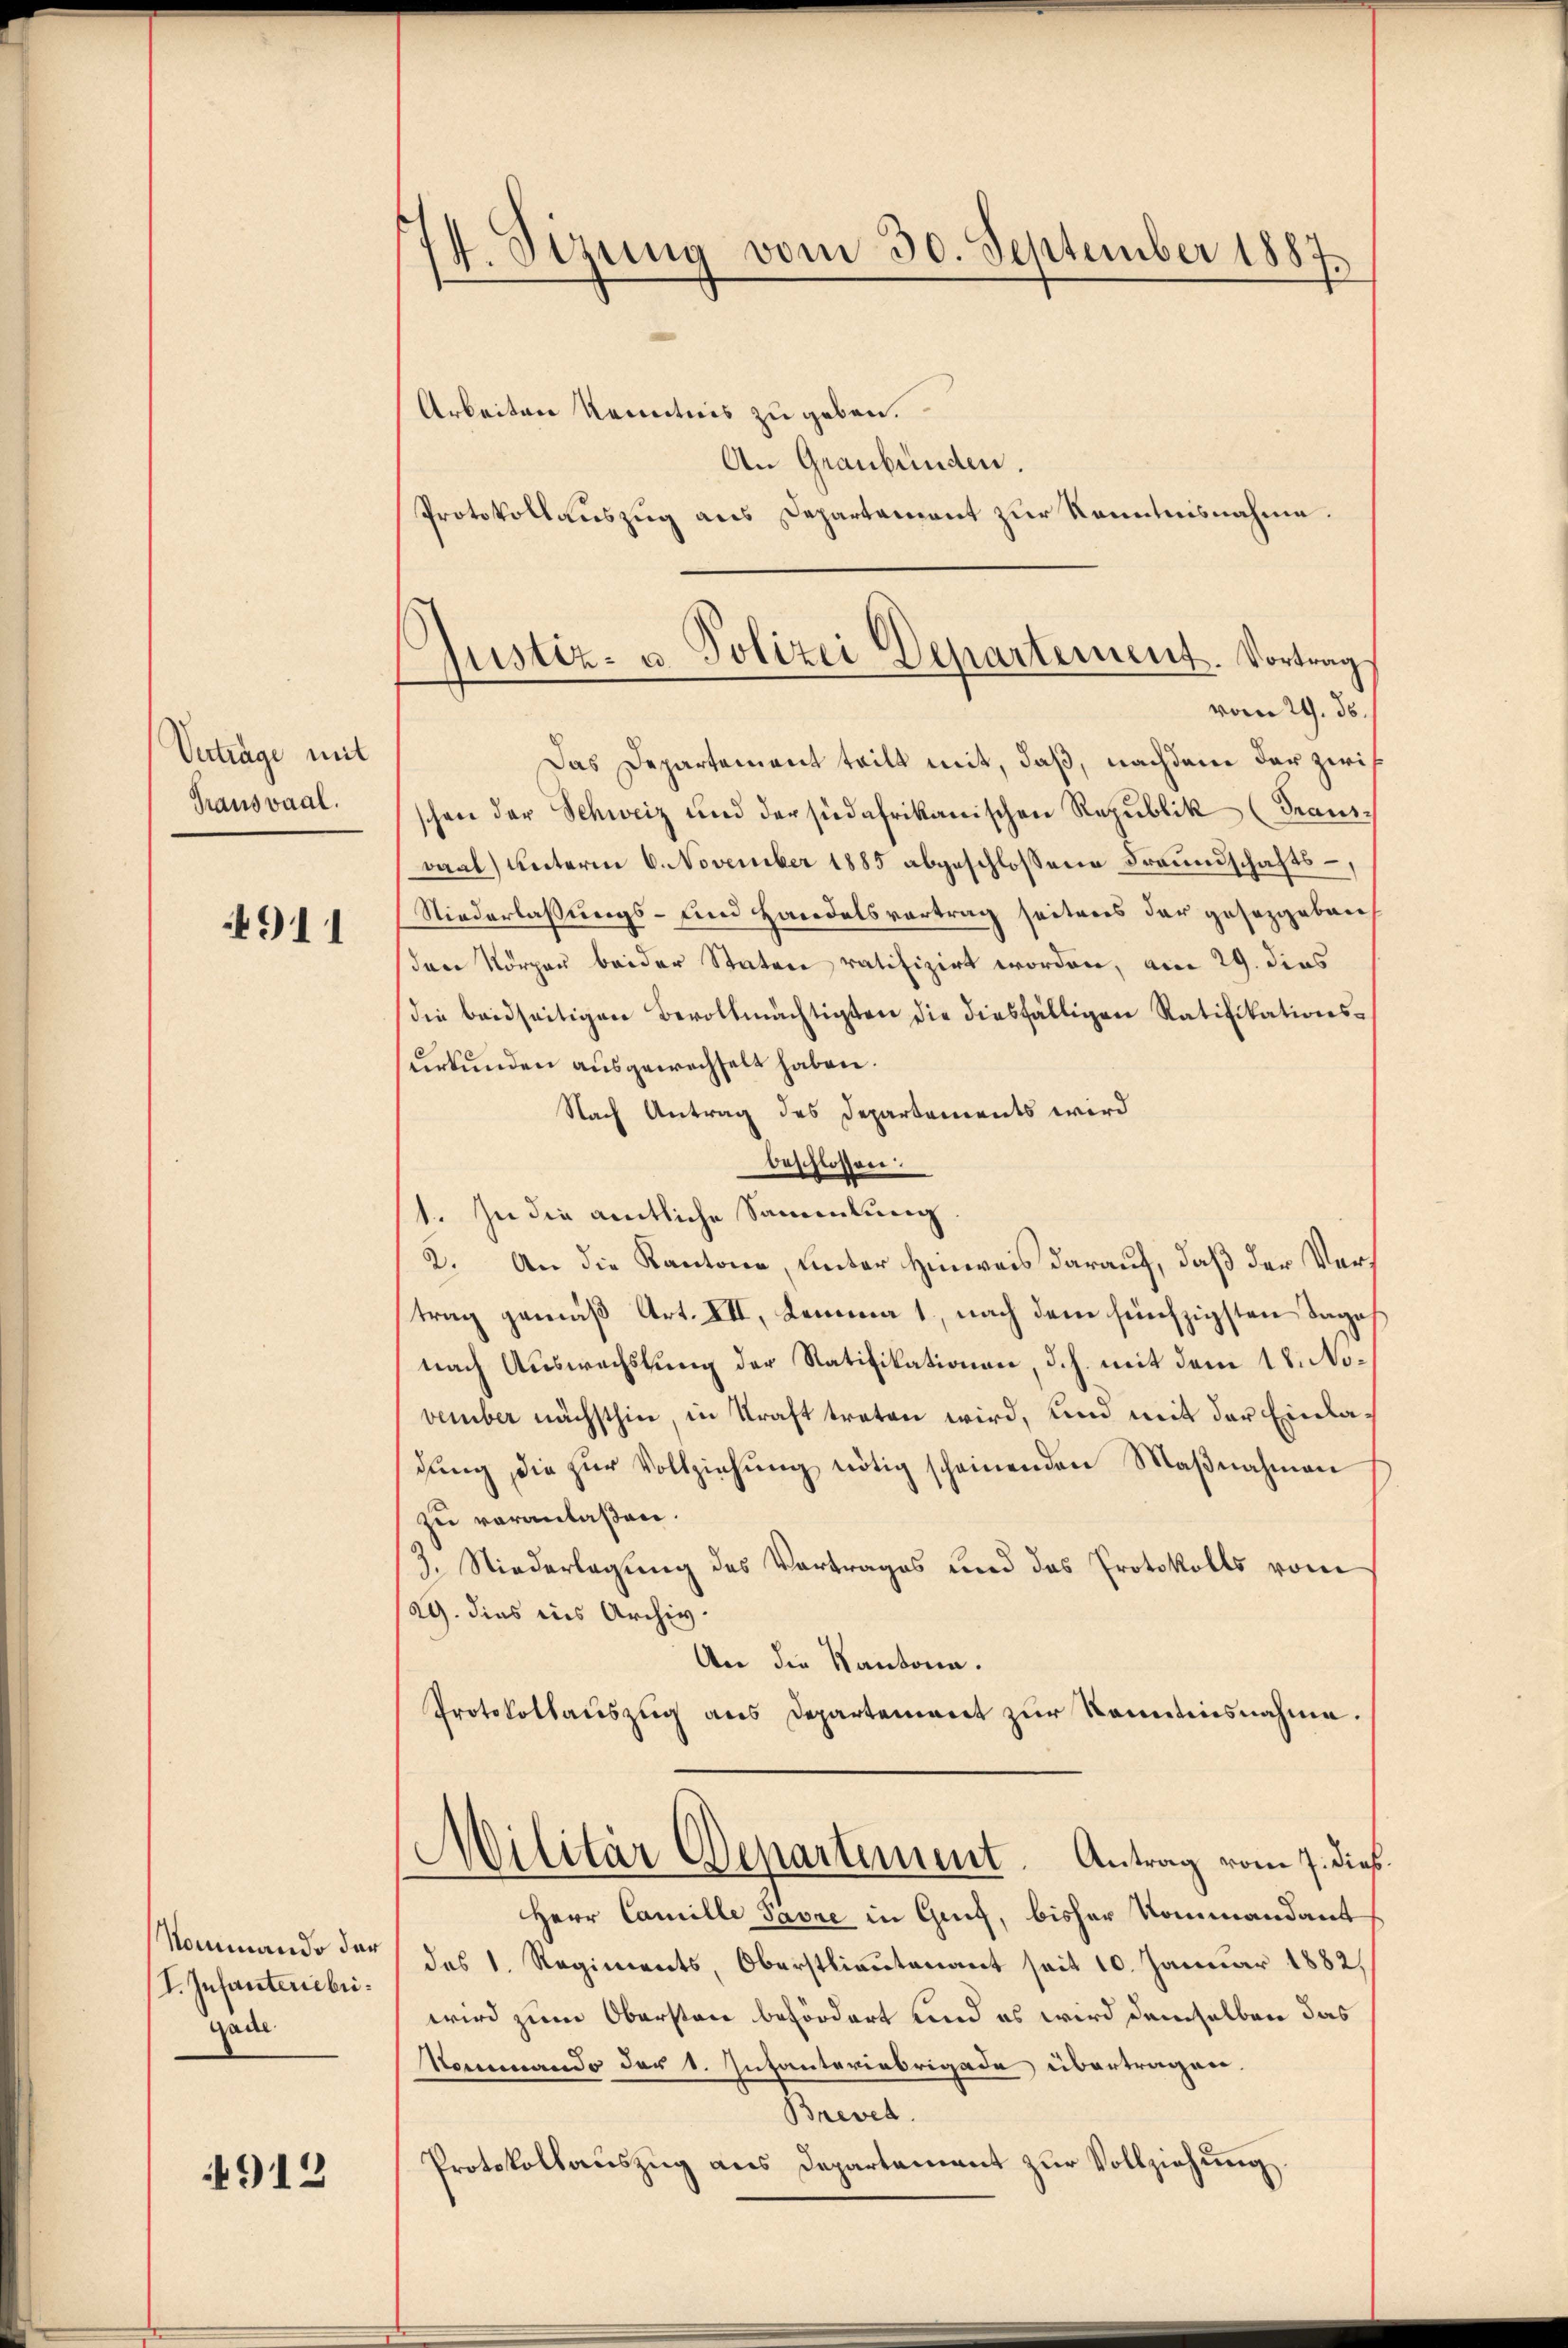
Vertrage mit
Trausvaal.

4911

Nommando der
I. Infanteriebri¬
Gade

912

14. Sizung vom 30. September 1887.
Arbeiten Kenntnis zu geben.

An Graubünden.
Protokollauszug aus Departement zur Kenntnisnahme.
vom 29. ds.
Das Departement teilt mit, daß, nachdem der zwischon der Schweiz und der südafrikanischen Republik (Transoaal) unterm 6. November 1885 abgeschlossene Freundschafts-
Niederlassungs- und Handelsvertrag seiteres der gesetzgeben
den Nörgau beider Staten ratifizirt worden, am 29. dies
die beidseitigen Bevollmächtigten die diesfälligen Ratifikations-
urkunden ausgewechselt haben.
Nach Antrag des Departements wird
beschlossen:
1. In die amtliche Sammlung
2. An die Kantone, unter Hinweis darauf, daß der Vertrag gemäß Art. XII, Lemma 1., nach dem fünfzigsten Tage
nach Auswechslung der Ratifikationen, d. h. mit dem 18. November nächsthin in Kraft treten wird, und mit der Einladŭng die zŭr Vollziehŭng nötig scheinenden Maβnahmen
zu veranlaßen.
3. Niederlegung des Vortrages und das Protokolls vom
29. dies ins Archiv.
An die Kantona.
Protokollauszug aus Departement zur Kenntnisnahme.
Militär Departement. Antrag vom 7. die
Herr Camille Pavre in Genf, bisher Kommandant
des 1. Regiments, Oberstlieutenant seit 10. Januar 1882,
wird zum Obersten befördert und es wird demselben das
Nommando der 1. Infanteriebrigade übertragen.
Brevet.
Protokollauszug aus Departement zur Vollziehung.

d
Justiz- u. Polizei Departement. Vortrag